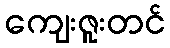
ကျေးဇူးတင်